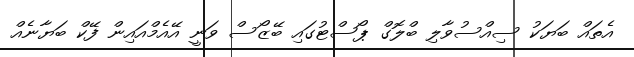
އެތައް ބަޔަކު ސިއްސުވާލި ބްލޮގް ޕޯސްޓުގައި ބޭޒޯސް ވަނީ އޭއެމްއައިން ފޭކް ބަޔާނެއް